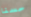
حسنا